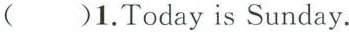
( )1.Today is Sunday.